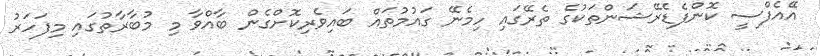
އޭއެފްސީ ކޮންފެޑެރޭޝަންތަކުގެ ތެރޭގައި ހިމެނޭ ގައުމުތައް ބައިވެރިކޮށްގެން ބާއްވާ މި މުބާރާތުގައި މިފަހަރު